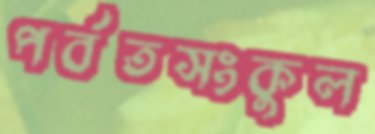
পর্বতসংকুল